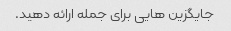
جایگزین هایی برای جمله ارائه دهید.